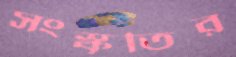
সংস্কৃতির